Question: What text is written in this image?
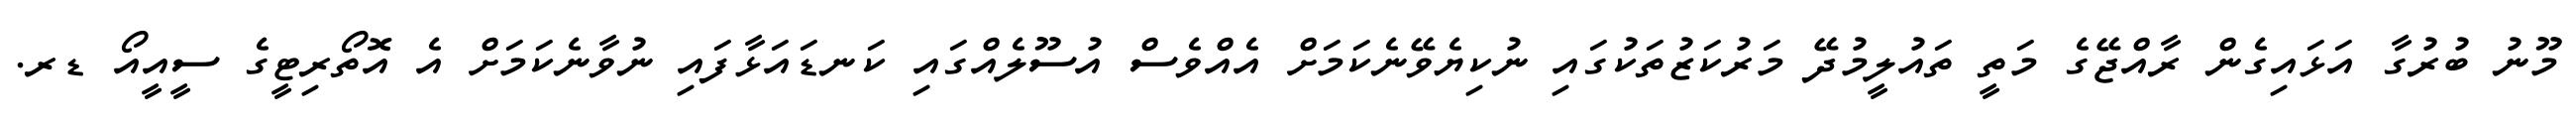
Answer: މޫނު ބުރުގާ އަޅައިގެން ރާއްޖޭގެ މަތީ ތައުލީމުދޭ މަރުކަޒުތަކުގައި ނުކިޔެވޭނެކަމަށް އެއްވެސް އުސޫލެއްގައި ކަނޑައަޅާފައި ނުވާނެކަމަށް އެ އޮތޯރިޓީގެ ސީއީއޯ ޑރ.